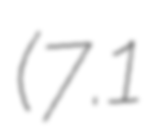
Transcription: (7.1